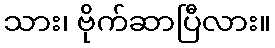
သား၊ ဗိုက်ဆာပြီလား။